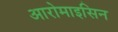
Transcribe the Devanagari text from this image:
आरोमाइसिन